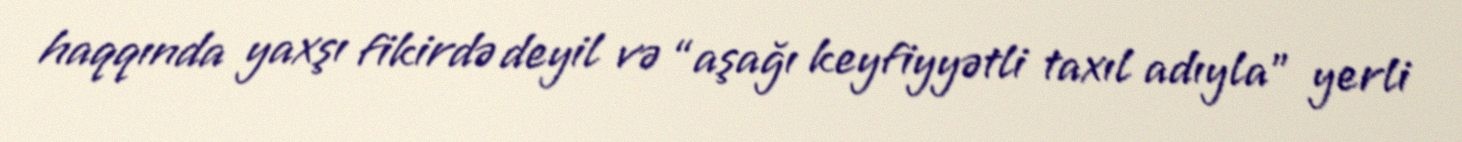
haqqında yaxşı fikirdə deyil və “aşağı keyfiyyətli taxıl adıyla” yerli